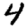
Digit: 4